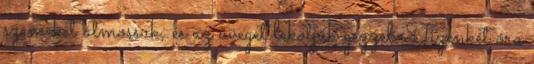
szemeket átmossuk, és az üveget lekötjük gézzel. Tizenkét óra